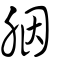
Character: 胭